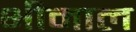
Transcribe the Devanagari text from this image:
भीमाल